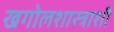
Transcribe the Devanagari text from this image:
खगोलशास्त्राशी